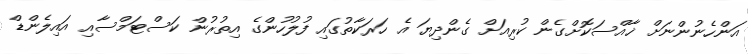
އަންހެނުންނަށް ޚާއްސަކޮށްގެން ކުރިއަށް ގެންދިޔަ އެ ހަރަކާތުގައި ފުލުހުންގެ އިތުރުން ކަސްޓަމްސާއި އައިލެންޑް